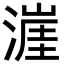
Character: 漄